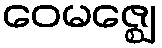
ဝေမဇ္ဈေ